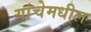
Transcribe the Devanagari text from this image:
यांचेमधील